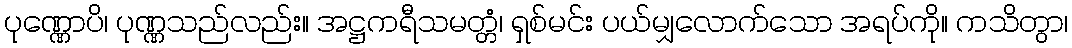
ပုဏ္ဏောပိ၊ ပုဏ္ဏသည်လည်း။ အဋ္ဌကရီသမတ္တံ၊ ရှစ်မင်း ပယ်မျှလောက်သော အရပ်ကို။ ကသိတွာ၊